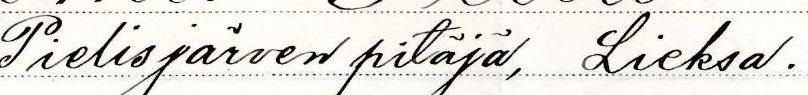
Pielisjärven pitäjä, Lieksa.